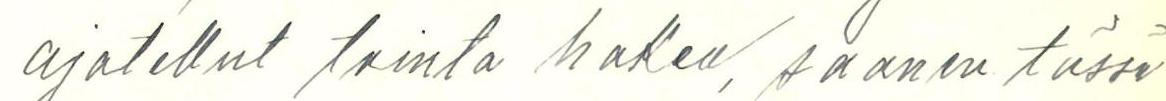
ajatellut tointa hakea, saanen tässä